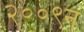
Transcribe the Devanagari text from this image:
२००९न